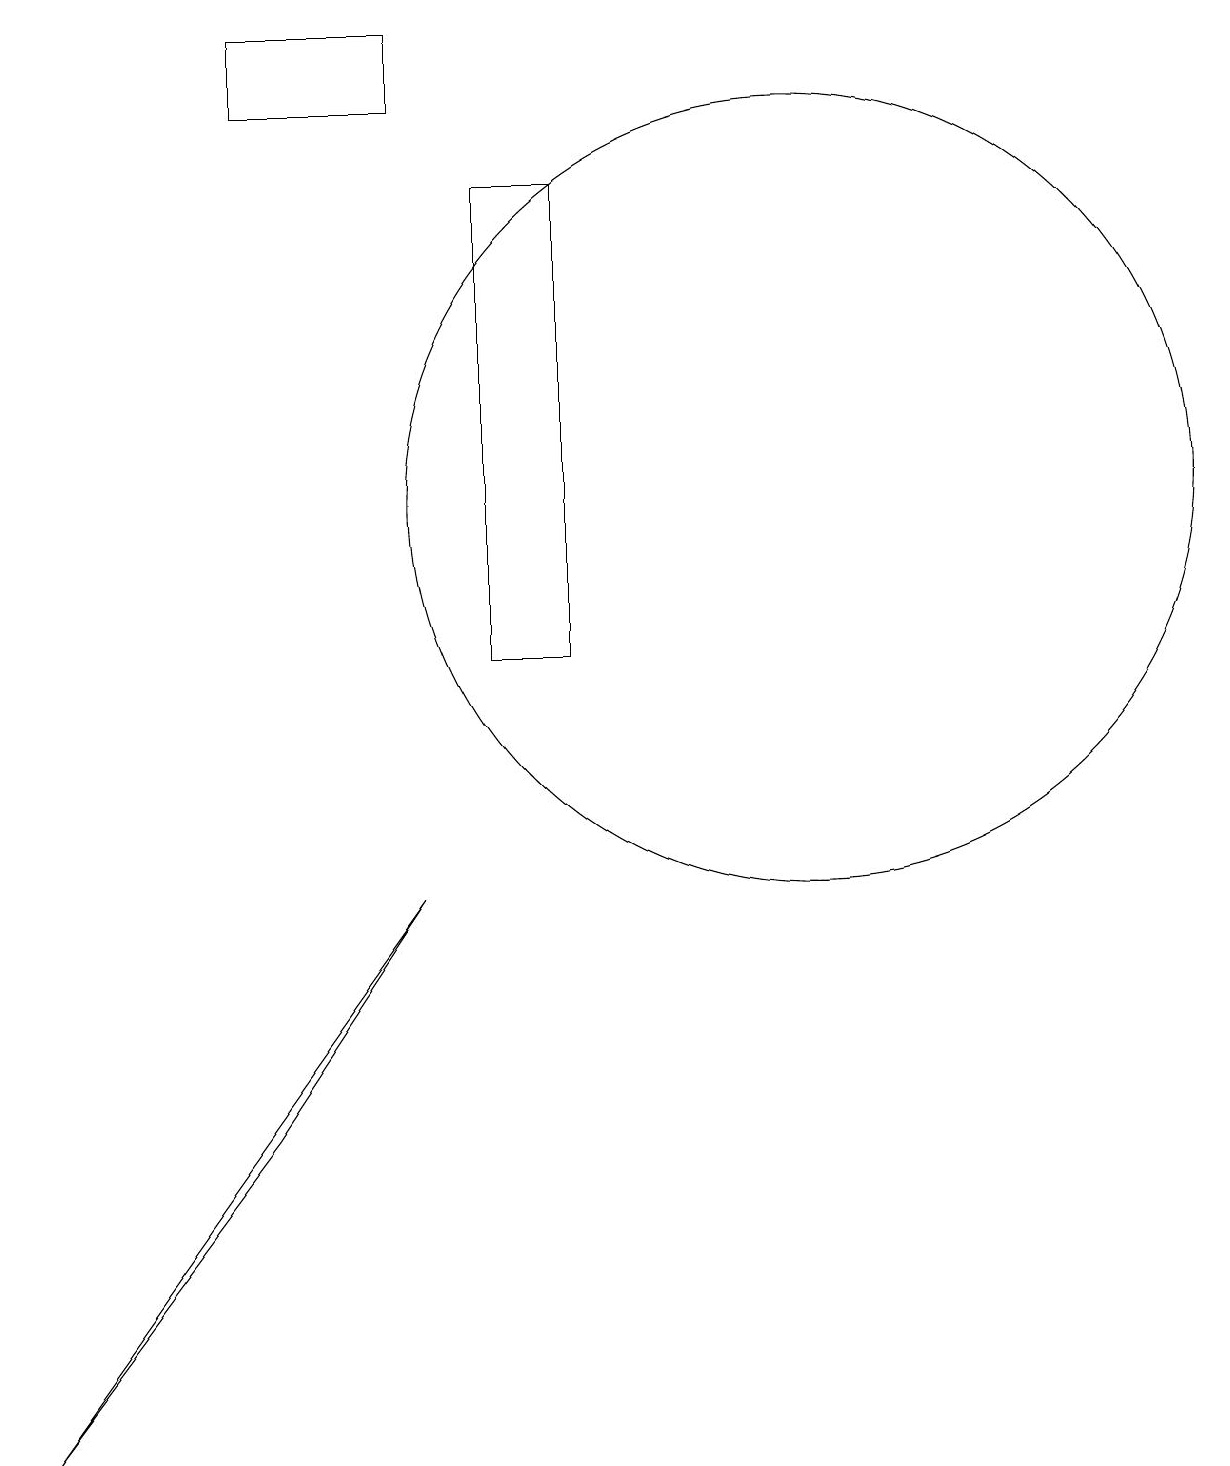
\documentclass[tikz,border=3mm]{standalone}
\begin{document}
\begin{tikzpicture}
\draw (5,17) rectangle (3,18);
\draw (10,12) circle (5);
\draw (3,4) -- (0,0) -- (5,7) -- cycle;
\draw (6,16) rectangle (7,10);
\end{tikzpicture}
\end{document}